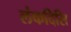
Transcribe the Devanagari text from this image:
लंकदिसि